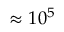
\approx 1 0 ^ { 5 }